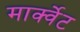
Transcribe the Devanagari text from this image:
मार्क्वेट